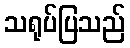
သရုပ်ပြသည်